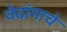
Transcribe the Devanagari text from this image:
वेदांगाचे